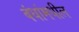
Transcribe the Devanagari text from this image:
बंधांमधील